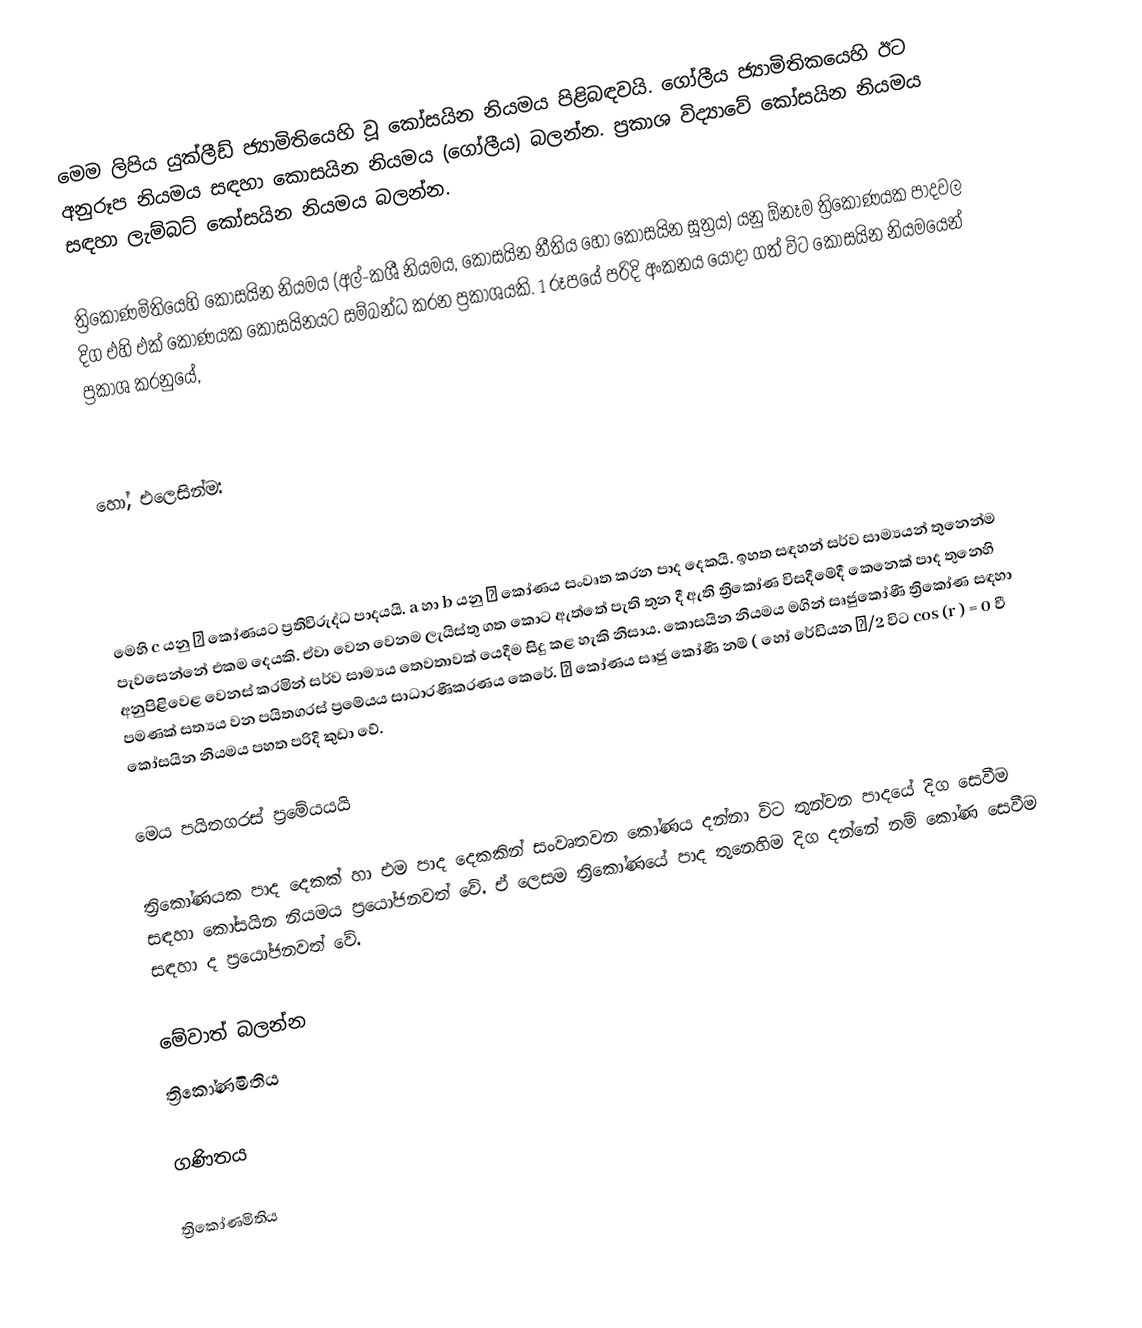
මෙම ලිපිය යුක්ලීඩ් ජ්‍යාමිතියෙහි වූ කෝසයින නියමය පිළිබඳවයි. ගෝලීය ජ්‍යාමිතිකයෙහි ඊට අනුරූප නියමය සඳහා කොසයින නියමය (ගෝලීය) බලන්න. ප්‍රකාශ විද්‍යාවේ කෝසයින නියමය සඳහා ලැම්බට් කෝසයින නියමය බලන්න.

ත්‍රිකෝණමිතියෙහි කෝසයින නියමය (අල්-කශී නියමය, කොසයින නීතිය හෝ කෝසයින සූත්‍රය) යනු ඕනෑම ත්‍රිකෝණයක පාදවල දිග එහි එක් කෝණයක කෝසයිනයට සම්බන්ධ කරන ප්‍රකාශයකි. 1 රූපයේ පරිදි අංකනය යොදා ගත් විට කෝසයින නියමයෙන් ප්‍රකාශ කරනුයේ,

හෝ, එලෙසින්ම:

මෙහි c යනු  γ  කෝණයට ප්‍රතිවිරුද්ධ පාදයයි. a හා b යනු γ  කෝණය සංවෘත කරන පාද දෙකයි. ඉහත සඳහන් සර්ව සාම්‍ය‍යන් තුනෙන්ම පැවසෙන්නේ එකම දෙයකි. ඒවා වෙන වෙනම ලැයිස්තු ගත කොට ඇත්තේ පැති තුන දී ඇති ත්‍රිකෝණ විසදීමේදී කෙනෙක් පාද තුනෙහි අනුපිළිවෙළ වෙනස් කරමින් සර්ව සාම්‍යය තෙවතාවක් යෙදීම සිදු කළ හැකි නිසාය. කොසයින නියමය මගින්  සෘජුකෝණී ත්‍රිකෝණ සඳහා පමණක් සත්‍යය වන පයිතගරස් ප්‍රමේයය සාධාරණීකරණය කෙරේ. γ  කෝණය සෘජු කෝණී නම්  ( හෝ රේඩියන Π/2 විට cos (r ) = 0  වී කෝසයින  නියමය පහත පරිදි කුඩා වේ.

මෙය පයිතගරස් ප්‍රමේයයයි

ත්‍රිකෝණයක පාද දෙකක් හා එම පාද දෙකකින් සංවෘතවන කෝණය දන්නා විට තුන්වන පාදයේ දිග සෙවීම සඳහා කෝසයින නියමය ප්‍රයෝජනවත් වේ. ඒ ලෙසම ත්‍රිකෝණයේ පාද තුනෙහිම දිග දන්නේ නම් කෝණ සෙවීම සඳහා ද ප්‍රයෝජනවත් වේ.

මේවාත් බලන්න
ත්‍රිකෝණමිතිය

ගණිතය

ත්‍රිකෝණමිතිය